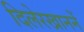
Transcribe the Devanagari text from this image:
दिलेरखाननें